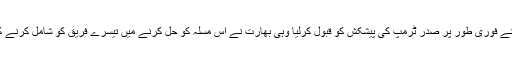
توقعات کے عین مطابق پاکستان نے فوری طور پر صدر ٹرمپ کی پیشکش کو قبول کرلیا وہی بھارت نے اس مسلہ کو حل کرنے میں تیسرے فریق کو شامل کرنے کے امکان کو یکسر مسترد کردیا۔